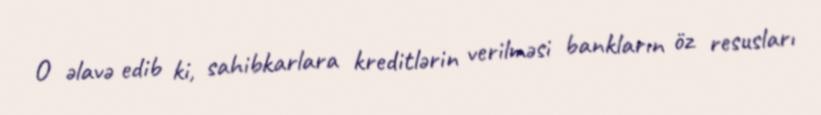
O əlavə edib ki, sahibkarlara kreditlərin verilməsi bankların öz resusları